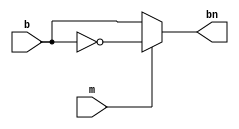
//Craig Hulsebus
module inverter(
  input [7:0] b,
  input m,
  output reg [7:0] bn
);
always@(*)
begin 
  if (m == 1) begin
    bn = ~b;
  end else begin
    bn = b;
  end
end 
endmodule